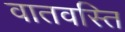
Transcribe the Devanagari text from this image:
वातवस्ति